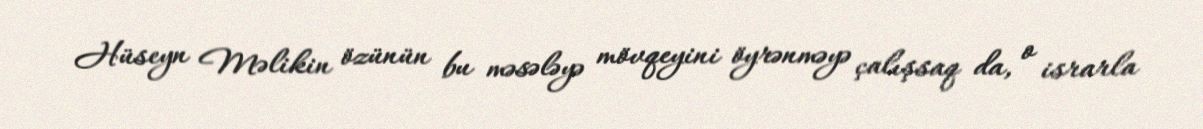
Hüseyn Məlikin özünün bu məsələyə mövqeyini öyrənməyə çalışsaq da, o israrla